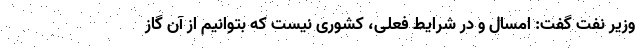
وزیر نفت گفت: امسال و در شرایط فعلی، کشوری نیست که بتوانیم از آن گاز